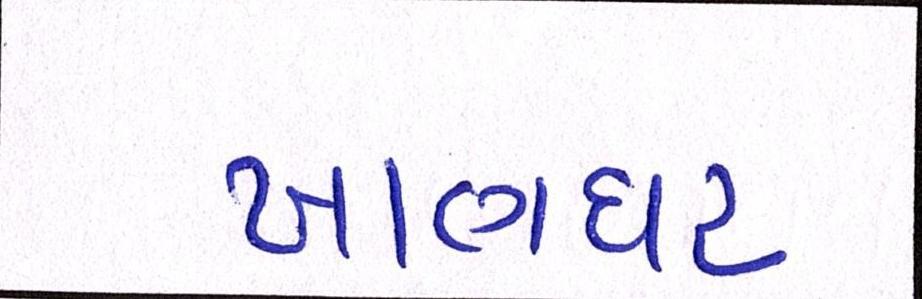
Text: ખાણધર